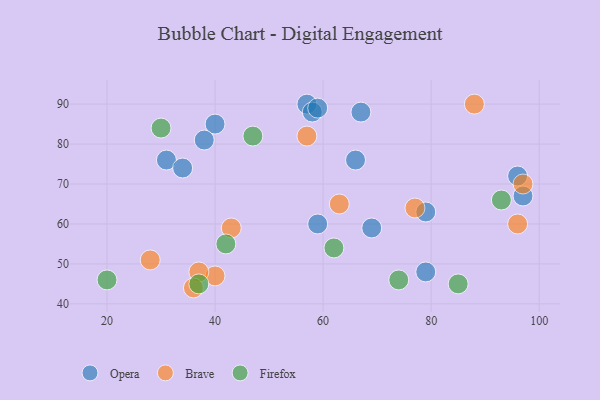
{"axis": {"x": "GDP", "y": "Life Expectancy"}, "legend": ["Brave", "Firefox", "Opera"], "data": [{"x": "57", "y": 90, "type": "Opera"}, {"x": "69", "y": 59, "type": "Opera"}, {"x": "40", "y": 85, "type": "Opera"}, {"x": "79", "y": 48, "type": "Opera"}, {"x": "79", "y": 63, "type": "Opera"}, {"x": "66", "y": 76, "type": "Opera"}, {"x": "59", "y": 60, "type": "Opera"}, {"x": "58", "y": 88, "type": "Opera"}, {"x": "59", "y": 89, "type": "Opera"}, {"x": "97", "y": 67, "type": "Opera"}, {"x": "38", "y": 81, "type": "Opera"}, {"x": "31", "y": 76, "type": "Opera"}, {"x": "96", "y": 72, "type": "Opera"}, {"x": "34", "y": 74, "type": "Opera"}, {"x": "67", "y": 88, "type": "Opera"}, {"x": "28", "y": 51, "type": "Brave"}, {"x": "77", "y": 64, "type": "Brave"}, {"x": "43", "y": 59, "type": "Brave"}, {"x": "57", "y": 82, "type": "Brave"}, {"x": "40", "y": 47, "type": "Brave"}, {"x": "37", "y": 48, "type": "Brave"}, {"x": "63", "y": 65, "type": "Brave"}, {"x": "97", "y": 70, "type": "Brave"}, {"x": "88", "y": 90, "type": "Brave"}, {"x": "96", "y": 60, "type": "Brave"}, {"x": "36", "y": 44, "type": "Brave"}, {"x": "62", "y": 54, "type": "Firefox"}, {"x": "20", "y": 46, "type": "Firefox"}, {"x": "37", "y": 45, "type": "Firefox"}, {"x": "42", "y": 55, "type": "Firefox"}, {"x": "47", "y": 82, "type": "Firefox"}, {"x": "93", "y": 66, "type": "Firefox"}, {"x": "85", "y": 45, "type": "Firefox"}, {"x": "74", "y": 46, "type": "Firefox"}, {"x": "30", "y": 84, "type": "Firefox"}]}